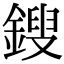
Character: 鎪